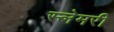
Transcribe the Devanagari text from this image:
स्लेमरी